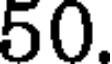
50.